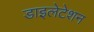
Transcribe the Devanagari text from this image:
डाइलेटेशन